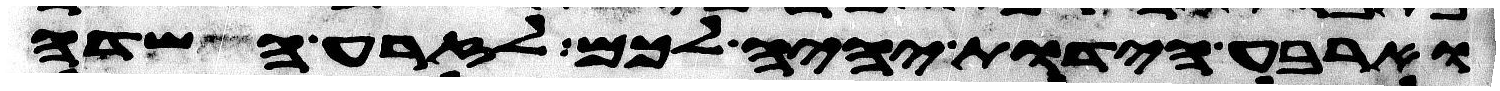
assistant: וארבע הידות יהיה לכם לזרע השדה